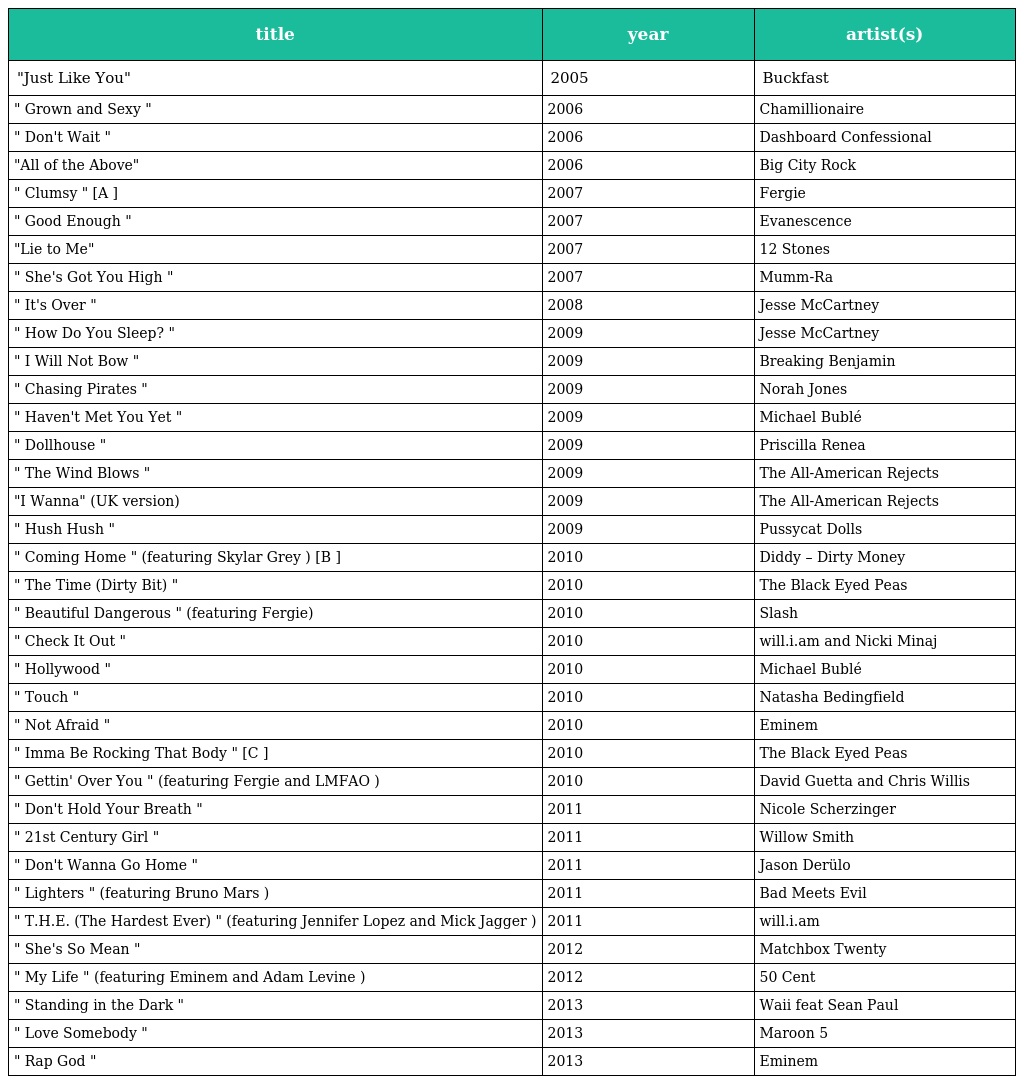
| title | year | artist(s) |
 | --- | --- | --- |
 | "Just Like You" | 2005 | Buckfast |
 | " Grown and Sexy " | 2006 | Chamillionaire |
 | " Don't Wait " | 2006 | Dashboard Confessional |
 | "All of the Above" | 2006 | Big City Rock |
 | " Clumsy " [A ] | 2007 | Fergie |
 | " Good Enough " | 2007 | Evanescence |
 | "Lie to Me" | 2007 | 12 Stones |
 | " She's Got You High " | 2007 | Mumm-Ra |
 | " It's Over " | 2008 | Jesse McCartney |
 | " How Do You Sleep? " | 2009 | Jesse McCartney |
 | " I Will Not Bow " | 2009 | Breaking Benjamin |
 | " Chasing Pirates " | 2009 | Norah Jones |
 | " Haven't Met You Yet " | 2009 | Michael Bublé |
 | " Dollhouse " | 2009 | Priscilla Renea |
 | " The Wind Blows " | 2009 | The All-American Rejects |
 | "I Wanna" (UK version) | 2009 | The All-American Rejects |
 | " Hush Hush " | 2009 | Pussycat Dolls |
 | " Coming Home " (featuring Skylar Grey ) [B ] | 2010 | Diddy – Dirty Money |
 | " The Time (Dirty Bit) " | 2010 | The Black Eyed Peas |
 | " Beautiful Dangerous " (featuring Fergie) | 2010 | Slash |
 | " Check It Out " | 2010 | will.i.am and Nicki Minaj |
 | " Hollywood " | 2010 | Michael Bublé |
 | " Touch " | 2010 | Natasha Bedingfield |
 | " Not Afraid " | 2010 | Eminem |
 | " Imma Be Rocking That Body " [C ] | 2010 | The Black Eyed Peas |
 | " Gettin' Over You " (featuring Fergie and LMFAO ) | 2010 | David Guetta and Chris Willis |
 | " Don't Hold Your Breath " | 2011 | Nicole Scherzinger |
 | " 21st Century Girl " | 2011 | Willow Smith |
 | " Don't Wanna Go Home " | 2011 | Jason Derülo |
 | " Lighters " (featuring Bruno Mars ) | 2011 | Bad Meets Evil |
 | " T.H.E. (The Hardest Ever) " (featuring Jennifer Lopez and Mick Jagger ) | 2011 | will.i.am |
 | " She's So Mean " | 2012 | Matchbox Twenty |
 | " My Life " (featuring Eminem and Adam Levine ) | 2012 | 50 Cent |
 | " Standing in the Dark " | 2013 | Waii feat Sean Paul |
 | " Love Somebody " | 2013 | Maroon 5 |
 | " Rap God " | 2013 | Eminem |